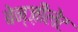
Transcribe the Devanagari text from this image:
बेन्ज़ीलेट